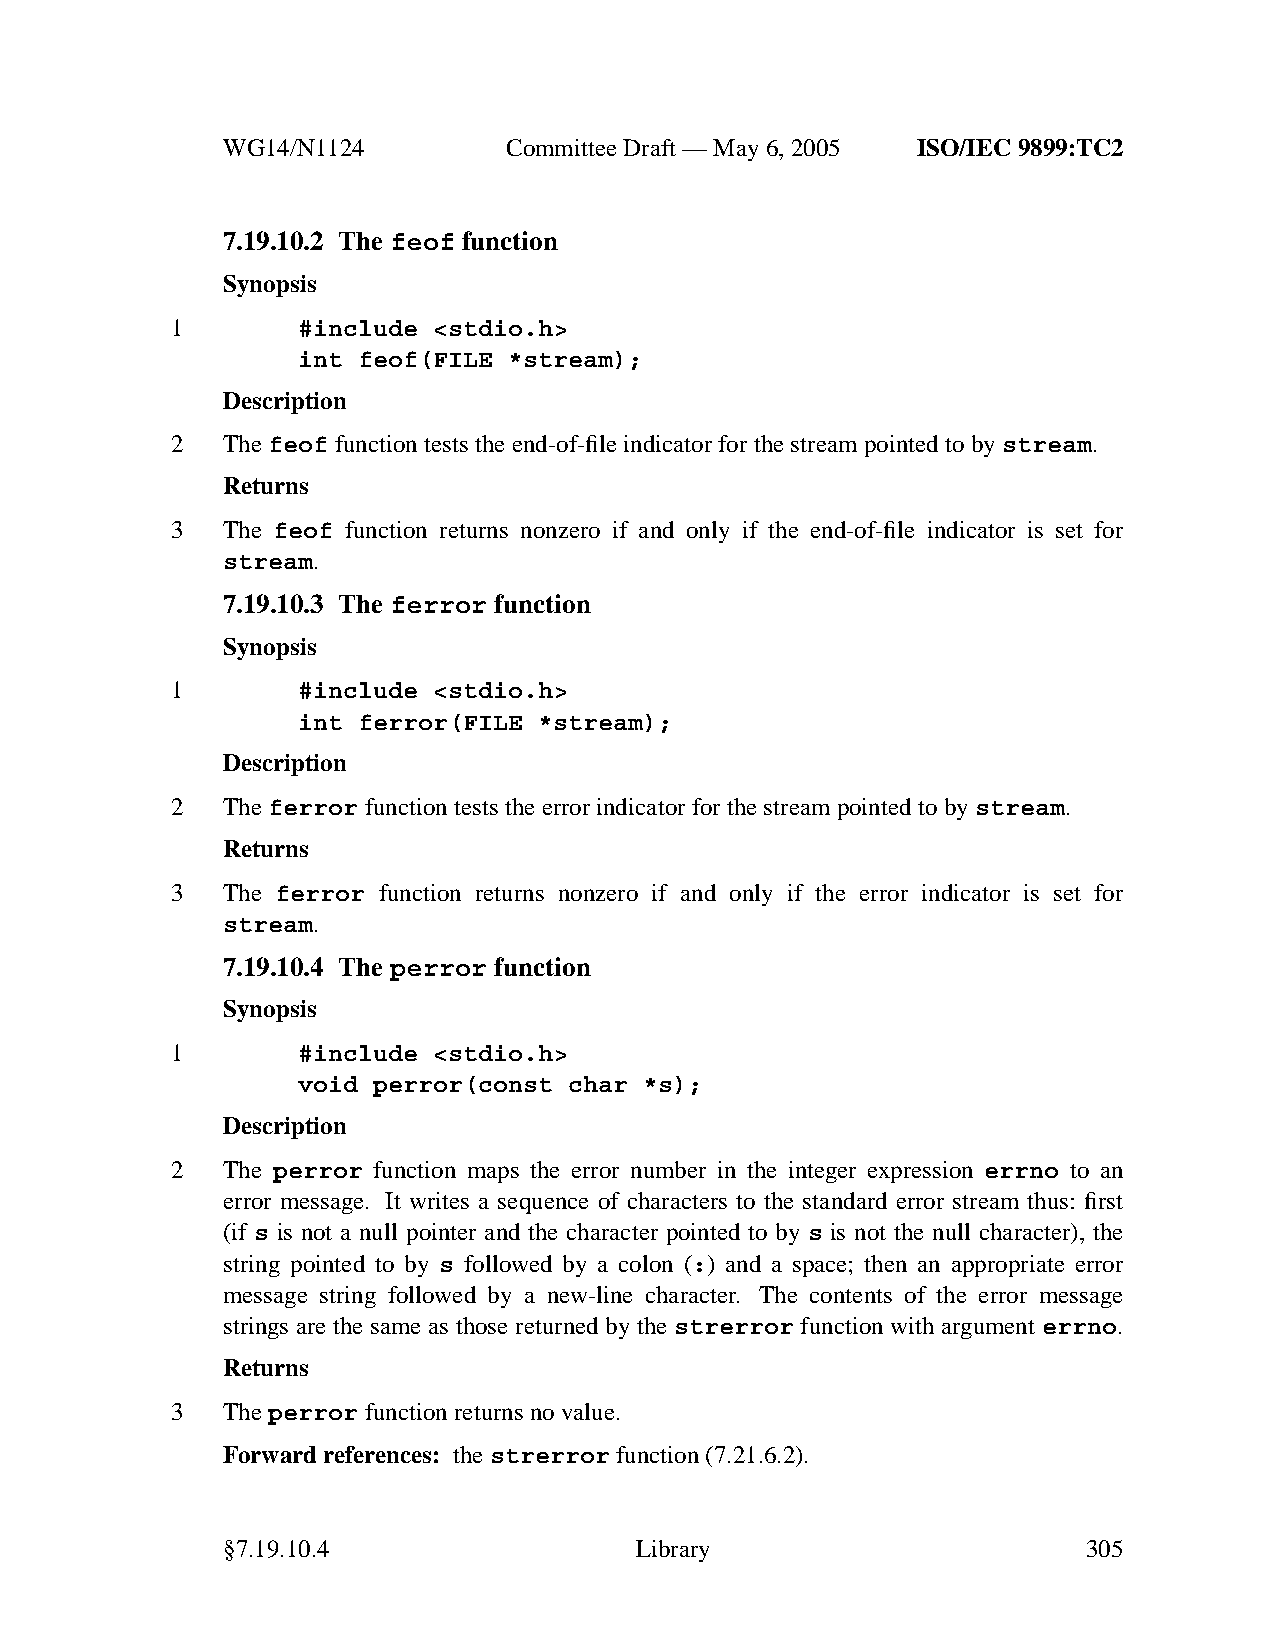
WG14/N1124        CommitteeDraft — May 6, 2005 ISO/IEC 9899:TC2
 7.19.10.2 The feof function
 Synopsis
 1        #include <stdio.h>
 int feof(FILE *stream);
 Description
 2   Thefeof function tests the end-of-file indicator for the stream pointed to by stream.
 Returns
 3   The feof function returns nonzero if and only if the end-of-file indicator is set for
 stream.
 7.19.10.3 The ferror function
 Synopsis
 1        #include <stdio.h>
 int ferror(FILE *stream);
 Description
 2   Theferror function tests the error indicator for the stream pointed to by stream.
 Returns
 3   The ferror function returns nonzero if and only if the error indicator is set for
 stream.
 7.19.10.4 The perror function
 Synopsis
 1        #include <stdio.h>
 void perror(const char *s);
 Description
 2   The perror function maps the error number in the integer expression errno to an
 error message. It writes a sequence of characters to the standard error stream thus: first
 (if s is not a null pointer and the character pointed to by s is not the null character), the
 string pointed to by s followed by a colon (:) and a space; then an appropriate error
 message string followed by a new-line character. The contents of the error message
 strings are the same as those returned by the strerror function with argument errno.
 Returns
 3   Theperror function returns no value.
 Forward references: thestrerror function (7.21.6.2).
 §7.19.10.4                 Library                       305